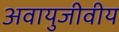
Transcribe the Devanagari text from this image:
अवायुजीवीय